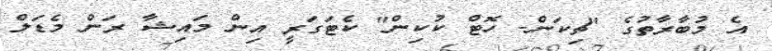
އެ މުބާރާތުގެ "ޗިކަން- ހޮޓް ކުކިން" ކެޓަގަރީ އިން މައިޝާ ރަން މެޑަލް